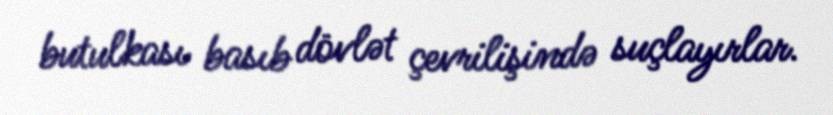
butulkası basıb dövlət çevrilişində suçlayırlar.